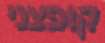
קופצני